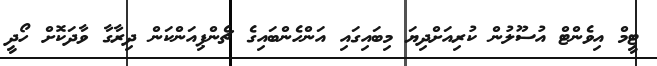
ޓީމް އިވެންޓް އުސޫލުން ކުރިއަށްދިޔަ މިބައިގައި އަންހެންބައިގެ ޗެންޕިއަންކަން ދިރާގާ ވާދަކޮށް ހޯދީ